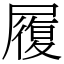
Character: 履